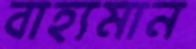
বাহ্যমান